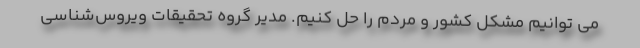
می توانیم مشکل کشور و مردم را حل کنیم. مدیر گروه تحقیقات ویروس‌شناسی